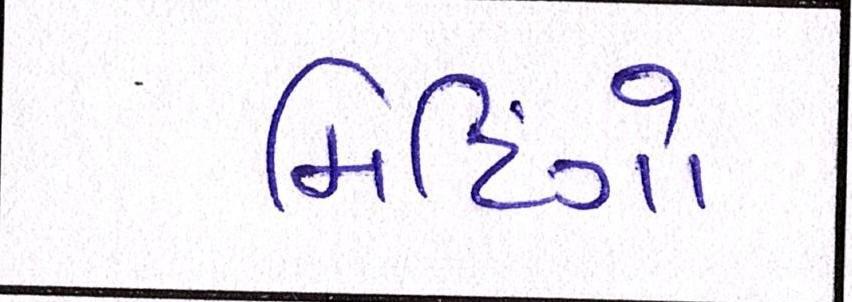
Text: મિટિંગો